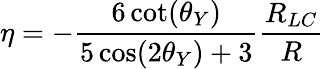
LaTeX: \eta=-\frac{6\cot(\theta_{Y})}{5\cos(2\theta_{Y})+3}\frac{R_{LC}}{R}